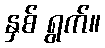
နှစ် ရွက်။